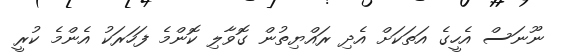
ނޫނަސް އެހީގެ އަތަކަށް އެދި ރައްޔިތުން ގޮވާލި ކޮންމެ ފަހަރަކު އެންމެ ކުރީ